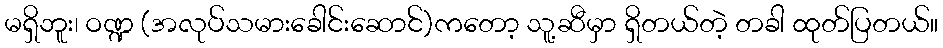
မရှိဘူး၊ ဝဏ္ဍ (အလုပ်သမားခေါင်းဆောင်)ကတော့ သူ့ဆီမှာ ရှိတယ်တဲ့ တခါ ထုတ်ပြတယ်။